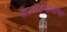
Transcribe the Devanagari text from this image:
आकडेमोडींचा